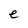
Character: e